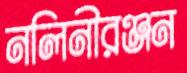
নলিনীরঞ্জন